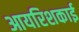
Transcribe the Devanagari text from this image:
आयरिशकाई